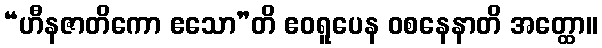
“ဟီနဇာတိကော ဧသော”တိ ဧဝရူပေန ဝစနေနာတိ အတ္ထော။